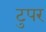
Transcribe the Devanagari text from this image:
टुपर